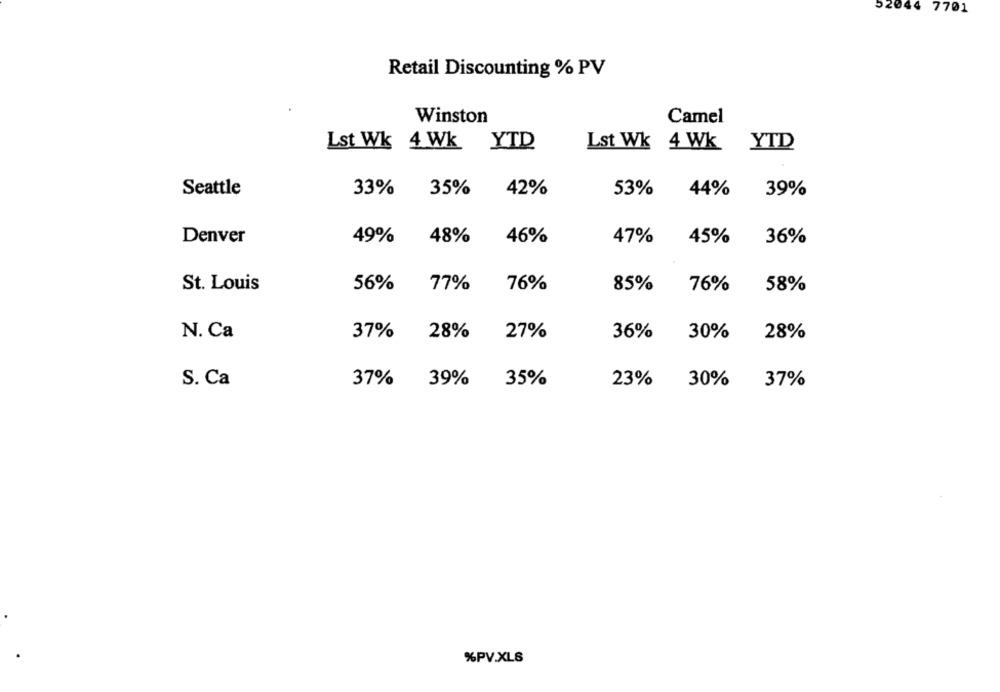
52044 7701
Retail Discounting % PV
Winston
Camel
Lst Wk 4 Wk YTD
Lst Wk 4 Wk YTD
Seattle
33%
35%
42%
53%
44%
39%
Denver
49%
48%
46%
47%
45%
36%
St. Louis
56%
77%
76%
85%
76%
58%
N. Ca
37%
28%
27%
36%
30%
28%
39%
S. Ca
37%
35%
23%
30%
37%
%PV.XLS